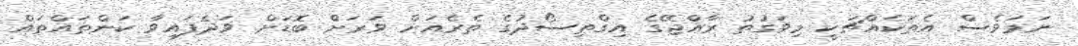
ނަމަވެސް އެތަކެއްޗަކީ މިވަގުތު ރާއްޖޭގެ އިގްތިސޯދުގެ ތެރެއަށް ވަރަށް ބޮޑަށް ވަދެފައިވާ ކަންތައްތައް